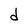
Character: d